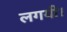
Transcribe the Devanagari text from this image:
लगयी।